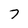
Character: 7